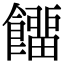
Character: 𩞷